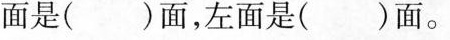
面是( )面，左面是( )面。